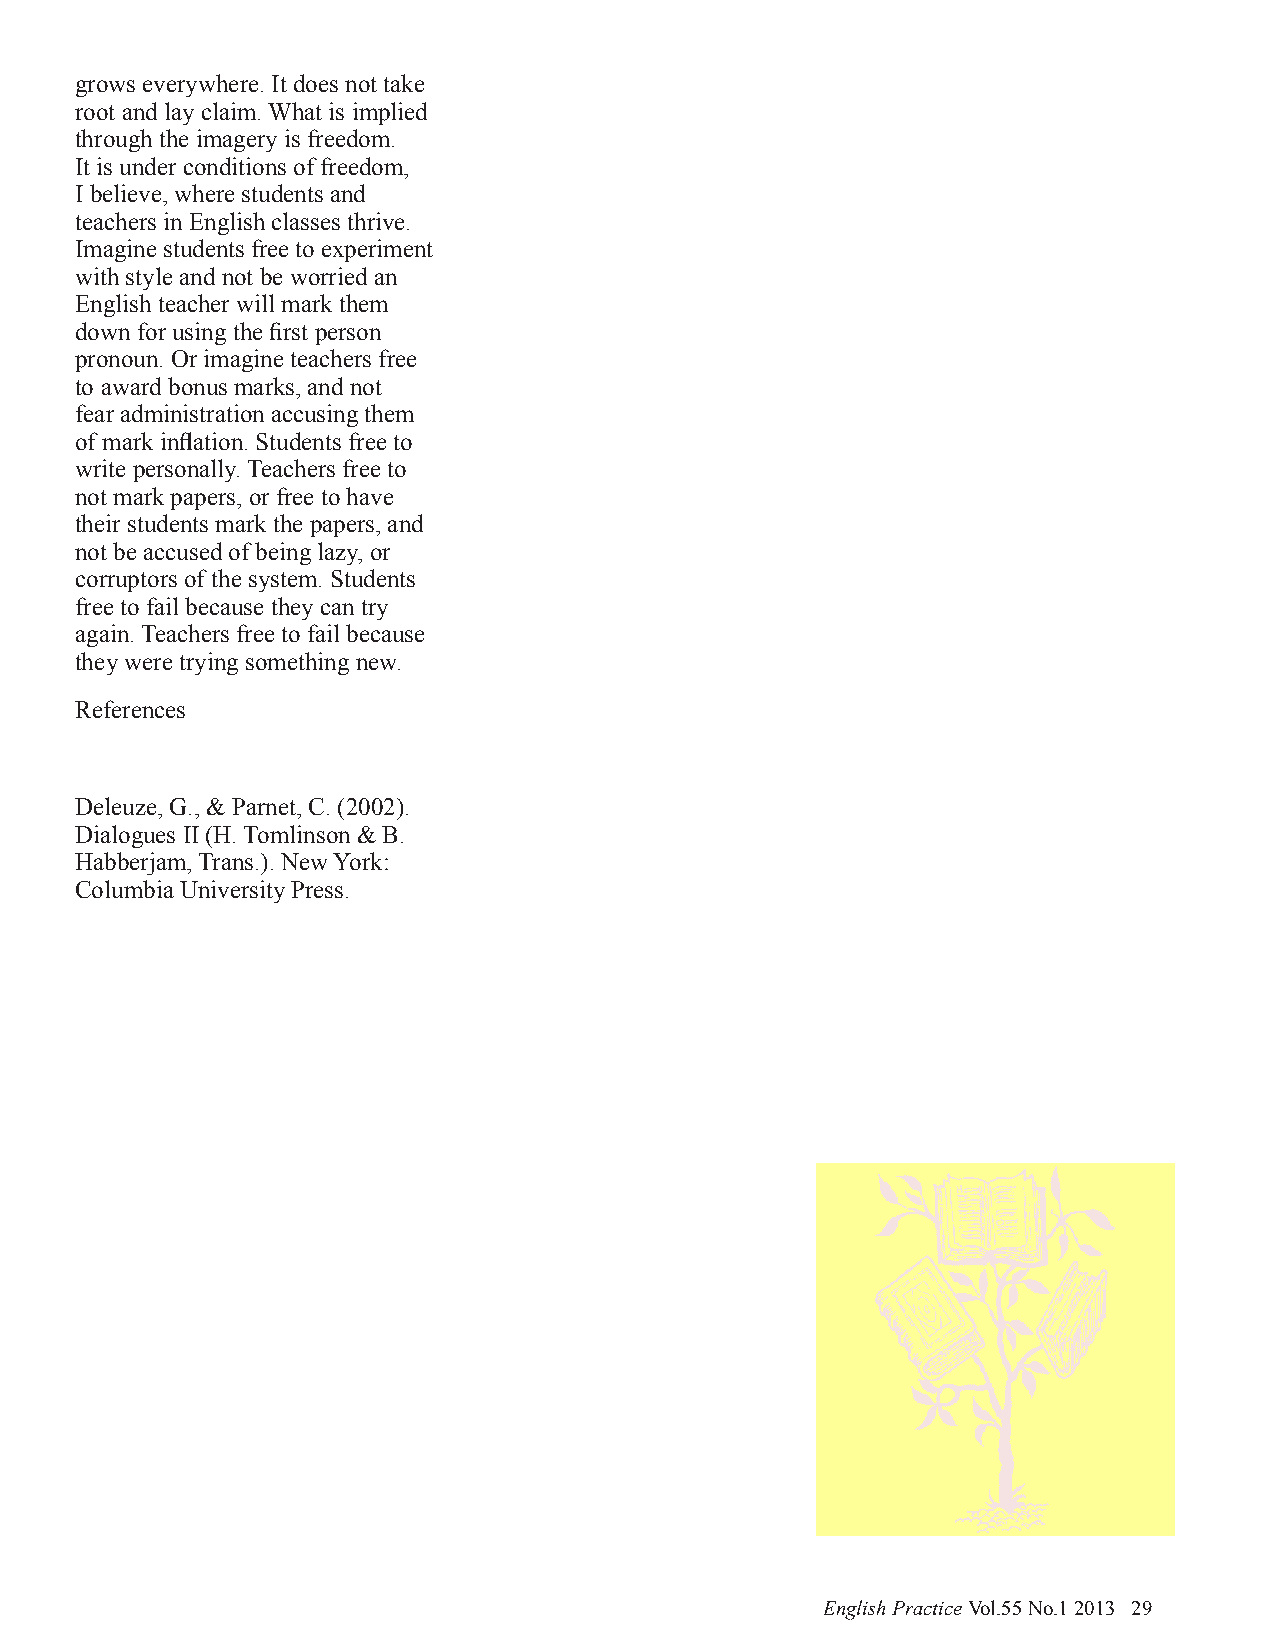
grows everywhere. It does not take
 root and lay claim. What is implied
 through the imagery is freedom.
 It is under conditions of freedom,
 I believe, where students and
 teachers in English classes thrive.
 Imagine students free to experiment
 with style and not be worried an
 English teacher will mark them
 down for using the first person
 pronoun. Or imagine teachers free
 to award bonus marks, and not
 fear administration accusing them
 of mark inflation. Students free to
 write personally. Teachers free to
 not mark papers, or free to have
 their students mark the papers, and
 not be accused of being lazy, or
 corruptors of the system. Students
 free to fail because they can try
 again. Teachers free to fail because
 they were trying something new.
 References
 Deleuze, G., & Parnet, C. (2002).
 Dialogues II (H. Tomlinson & B.
 Habberjam, Trans.). New York:
 Columbia University Press.
 English Practice Vol.55 No.1 2013 29